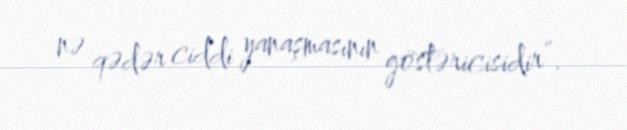
nə qədər ciddi yanaşmasının göstəricisidir”.